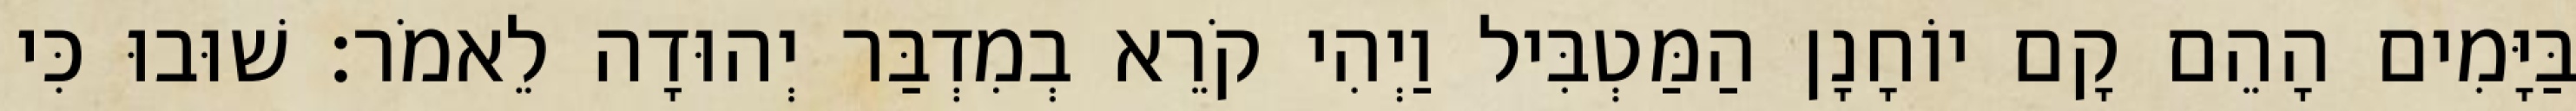
בַּיָּמִים הָהֵם קָם יוֹחָנָן הַמַּטְבִּיל וַיְהִי קֹרֵא בְמִדְבַּר יְהוּדָה לֵאמֹר׃ שׁוּבוּ כִּי